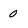
Character: o